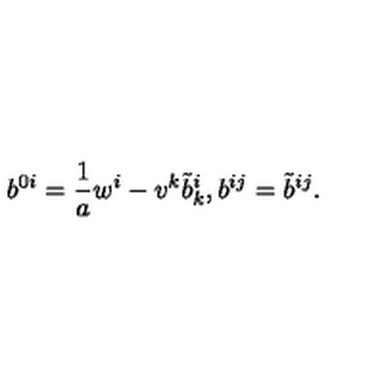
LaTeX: b ^ { 0 i } = \frac { 1 } { a } w ^ { i } - v ^ { k } { \tilde { b } } _ { k } ^ { i } , b ^ { i j } = { \tilde { b } } ^ { i j } .